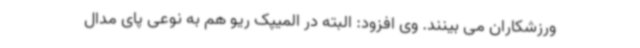
ورزشکاران می بینند. وی افزود: البته در المیپک ریو هم به نوعی پای مدال